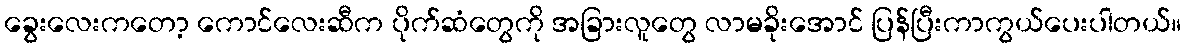
ခွေးလေးကတော့ ကောင်လေးဆီက ပိုက်ဆံတွေကို အခြားလူတွေ လာမခိုးအောင် ပြန်ပြီးကာကွယ်ပေးပါတယ်။